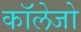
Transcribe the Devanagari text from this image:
काॅलेजो